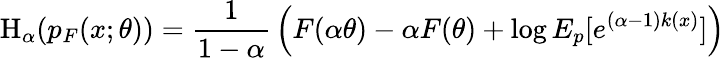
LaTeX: \mathrm{H}_{\alpha}(p_{F}(x;\theta))={\frac{1}{1-\alpha}}\left(F(\alpha\theta)-\alpha F(\theta)+\log E_{p}[e^{(\alpha-1)k(x)}]\right)